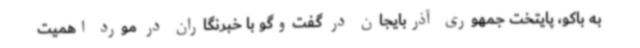
به باکو، پایتخت جمهوری آذربایجان در گفت‌وگو با خبرنگاران در مورد اهمیت